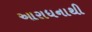
આરાધનાથી